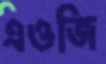
এওজি